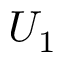
U _ { 1 }